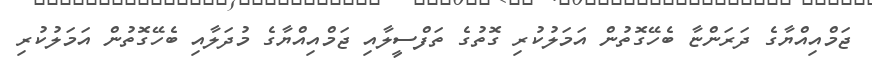
ޖަމްއިއްޔާގެ ދަރަންޏާ ބެހޭގޮތުން އަމަލުކުރި ގޮތުގެ ތަފްސީލާއި ޖަމްއިއްޔާގެ މުދަލާއި ބެހޭގޮތުން އަމަލުކުރި